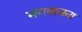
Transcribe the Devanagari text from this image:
भगवानना